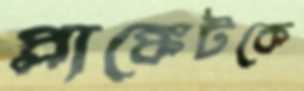
প্লাঙ্কেটকে